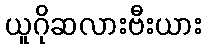
ယူဂိုဆလားဗီးယား